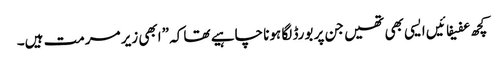
کچھ عفیفائیں ایسی بھی تھیں جن پر بورڈ لگا ہونا چاہیے تھا کہ ”ابھی زیر مرمت ہیں۔